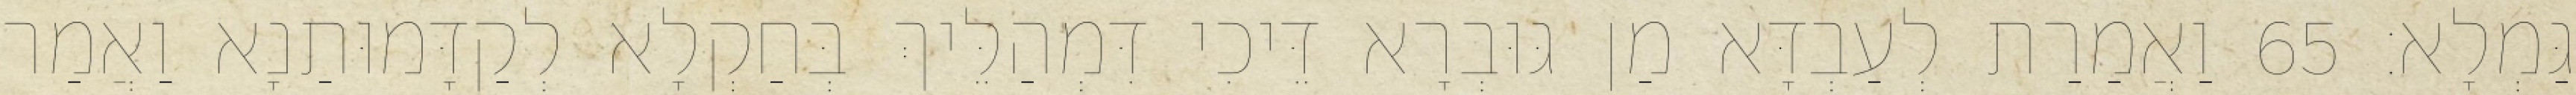
גַּמְלָא׃ 65 וַאֲמַרַת לְעַבְדָּא מַן גּוּבְרָא דֵּיכִי דִּמְהַלֵּיךְ בְּחַקְלָא לְקַדָּמוּתַנָא וַאֲמַר